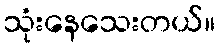
သုံးနေသေးတယ်။